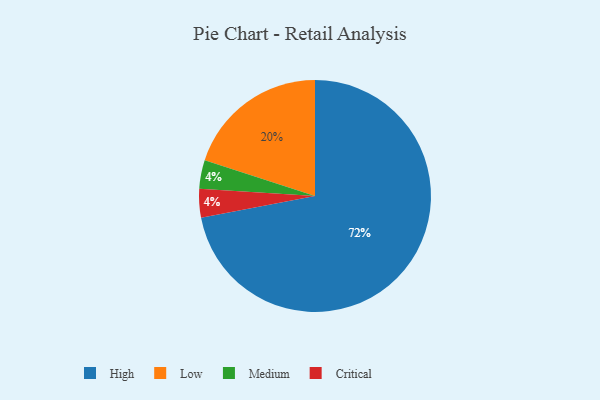
{"axis": {"x": "Category", "y": "Percentage"}, "legend": ["Critical", "High", "Low", "Medium"], "data": [{"x": "Medium", "y": 4, "type": "Medium"}, {"x": "Critical", "y": 4, "type": "Critical"}, {"x": "High", "y": 72, "type": "High"}, {"x": "Low", "y": 20, "type": "Low"}]}